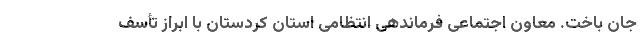
جان باخت. معاون اجتماعی فرماندهی انتظامی استان کردستان با ابراز تأسف